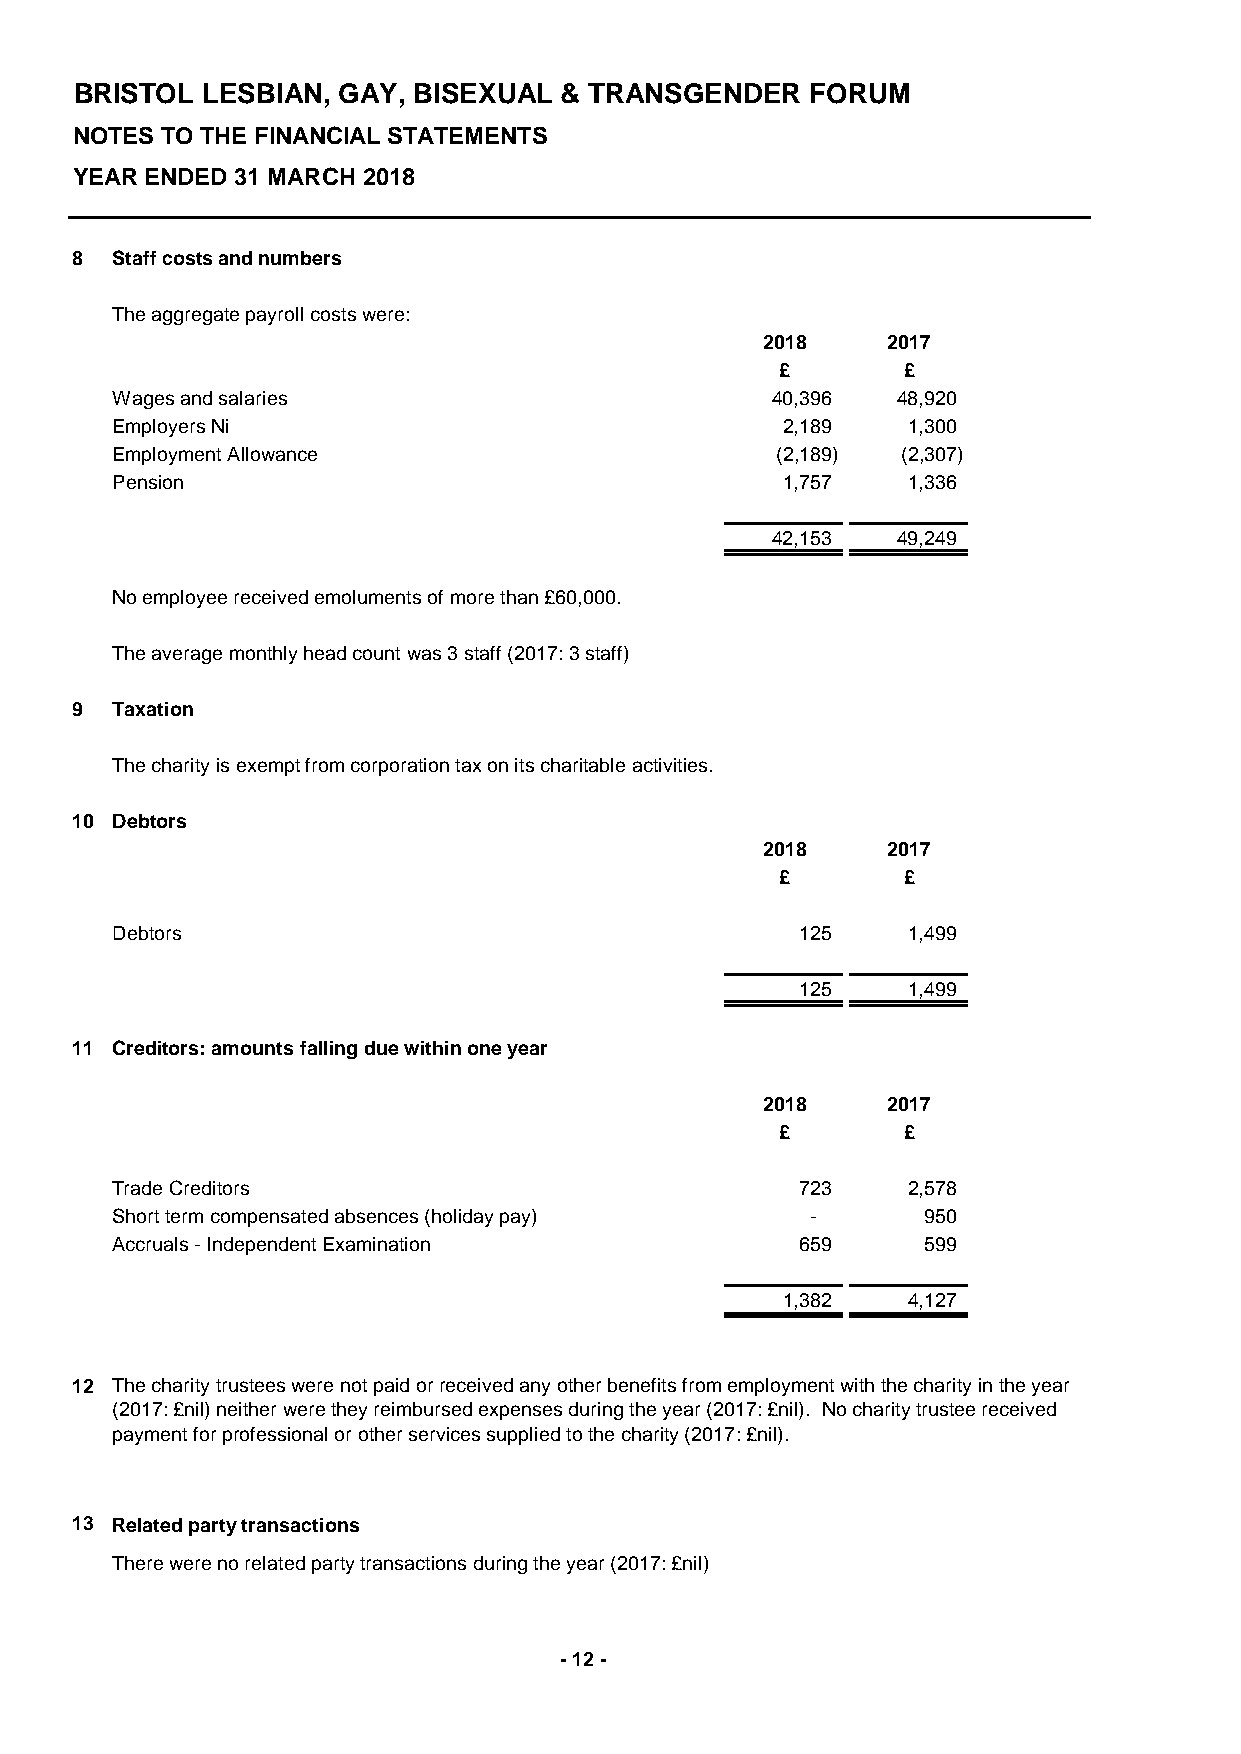
BRISTOL LESBIAN, GAY, BISEXUAL  & TRANSGENDER    FORUM
 NOTES TO THE FINANCIAL STATEMENTS
 YEAR ENDED 31 MARCH 2018
 8 Staff costs and numbers
 The aggregate payroll costs were:
 2018     2017
 £       £
 Wages and salaries                          40,396  48,920
 Employers Ni                                 2,189   1,300
 Employment Allowance                        (2,189)  (2,307)
 Pension                                      1,757   1,336
 42,153  49,249
 No employee received emoluments of more than £60,000.
 The average monthly head count was 3 staff (2017: 3 staff)
 9 Taxation
 The charity is exempt from corporation tax on its charitable activities.
 10 Debtors
 2018     2017
 £       £
 Debtors                                       125    1,499
 125    1,499
 11 Creditors: amounts falling due within one year
 2018     2017
 £       £
 Trade Creditors                               723    2,578
 Short term compensated absences (holiday pay)  -      950
 Accruals - Independent Examination            659     599
 1,382   4,127
 12 The charity trustees were not paid or received any other benefits from employment with the charity in the year
 (2017: £nil) neither were they reimbursed expenses during the year (2017: £nil). No charity trustee received
 payment for professional or other services supplied to the charity (2017: £nil).
 13 Related party transactions
 There were no related party transactions during the year (2017: £nil)
 - 12 -